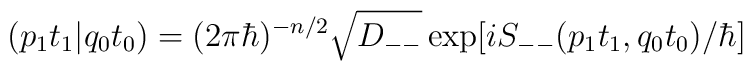
(p_1t_1\vert q_0t_0) = (2\pi\hbar )^{-n/2} \sqrt{ D_{--}}\exp[i S_{--}(p_1t_1,q_0t_0)/\hbar ]